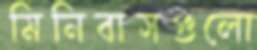
মিনিবাসগুলো